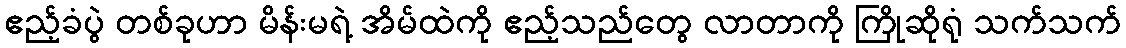
ဧည့်ခံပွဲ တစ်ခုဟာ မိန်းမရဲ့ အိမ်ထဲကို ဧည့်သည်တွေ လာတာကို ကြိုဆိုရုံ သက်သက်